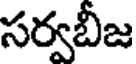
సర్వబీజ